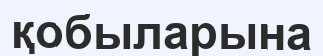
қобыларына